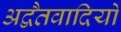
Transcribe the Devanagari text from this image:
अद्वैतवादियों